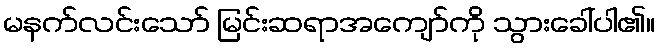
မနက်လင်းသော် မြင်းဆရာအကျော်ကို သွားခေါ်ပါ၏။